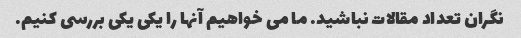
نگران تعداد مقالات نباشید. ما می خواهیم آنها را یکی یکی بررسی کنیم.